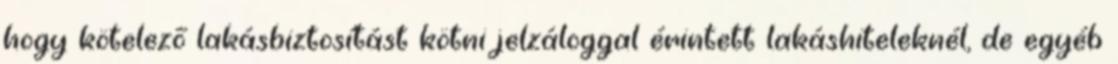
hogy kötelező lakásbiztosítást kötni jelzáloggal érintett lakáshiteleknél, de egyéb